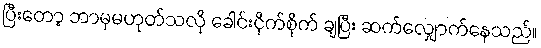
ပြီးတော့ ဘာမှမဟုတ်သလို ခေါင်းငိုက်စိုက် ချပြီး ဆက်လျှောက်နေသည်။